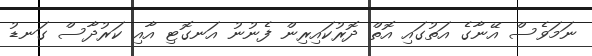
ނަމަވެސް އޭނާގެ އަތުގައި އޮތް ދޮރުކައިރިން ފެނުނު އަނގޮޓި އާއި ކަރުދާސް ގަނޑު